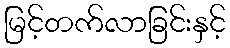
မြင့်တက်လာခြင်းနှင့်